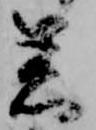
着